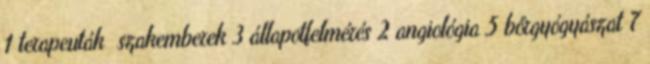
1 terapeuták szakemberek 3 állapotfelmérés 2 angiológia 5 bőrgyógyászat 7